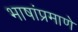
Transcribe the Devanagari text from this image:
भाषांप्रमाणे